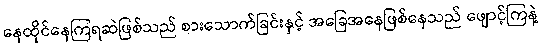
နေထိုင်နေကြရဆဲဖြစ်သည် စားသောက်ခြင်းနှင့် အခြေအနေဖြစ်နေသည် ဖျောင့်ကြနဲ့